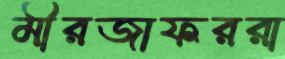
মীরজাফররা